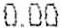
0.00